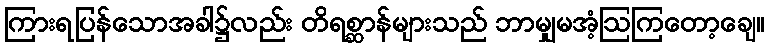
ကြားရပြန်သောအခါ၌လည်း တိရစ္ဆာန်များသည် ဘာမျှမအံ့ဩကြတော့ချေ။